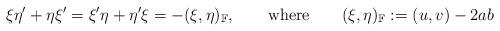
LaTeX: \begin{align*}\xi\eta'+\eta\xi'=\xi'\eta+\eta'\xi=-(\xi,\eta)_{\mathbb{F}},\qquad\mathrm{where}\qquad(\xi,\eta)_{\mathbb{F}}:=(u,v)-2ab \end{align*}